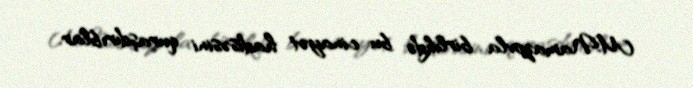
M.Namazovla birlikdə bu cinayət hadisəsini quraşdırıblar.